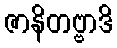
ဇာနိတဗ္ဗာဒိ